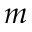
m